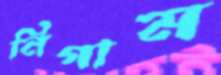
নিগাম